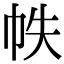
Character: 帙